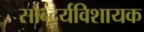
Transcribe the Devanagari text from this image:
सौन्दर्यविशायक